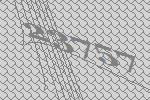
23757